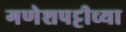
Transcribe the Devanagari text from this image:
गणेशपट्टीच्या